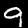
Label: 9